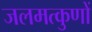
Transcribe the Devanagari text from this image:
जलमत्कुणों